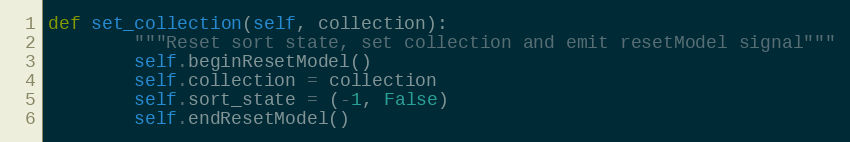
Language: Python
def set_collection(self, collection):
        """Reset sort state, set collection and emit resetModel signal"""
        self.beginResetModel()
        self.collection = collection
        self.sort_state = (-1, False)
        self.endResetModel()